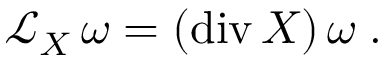
{ \mathcal L } _ { X } \, \omega = ( \mathrm { d i v } \, X ) \, \omega \; .